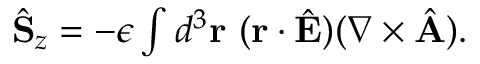
\begin{array} { r } { \hat { \bf S } _ { z } = - \epsilon \int d ^ { 3 } { \bf r } \ ( { \bf r } \cdot \hat { \bf E } ) ( \nabla \times \hat { \bf A } ) . } \end{array}